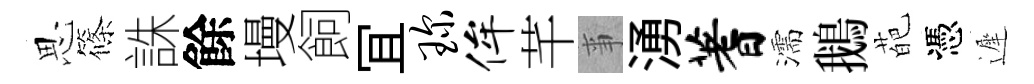
思篠誅餘墁飼冝琛侔芊亊湧蓍濡鵝葩憑遲